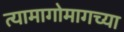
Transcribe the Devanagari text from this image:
त्यामागोमागच्या